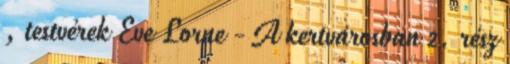
, testvérek Eve Lorne - A kertvárosban 2. rész